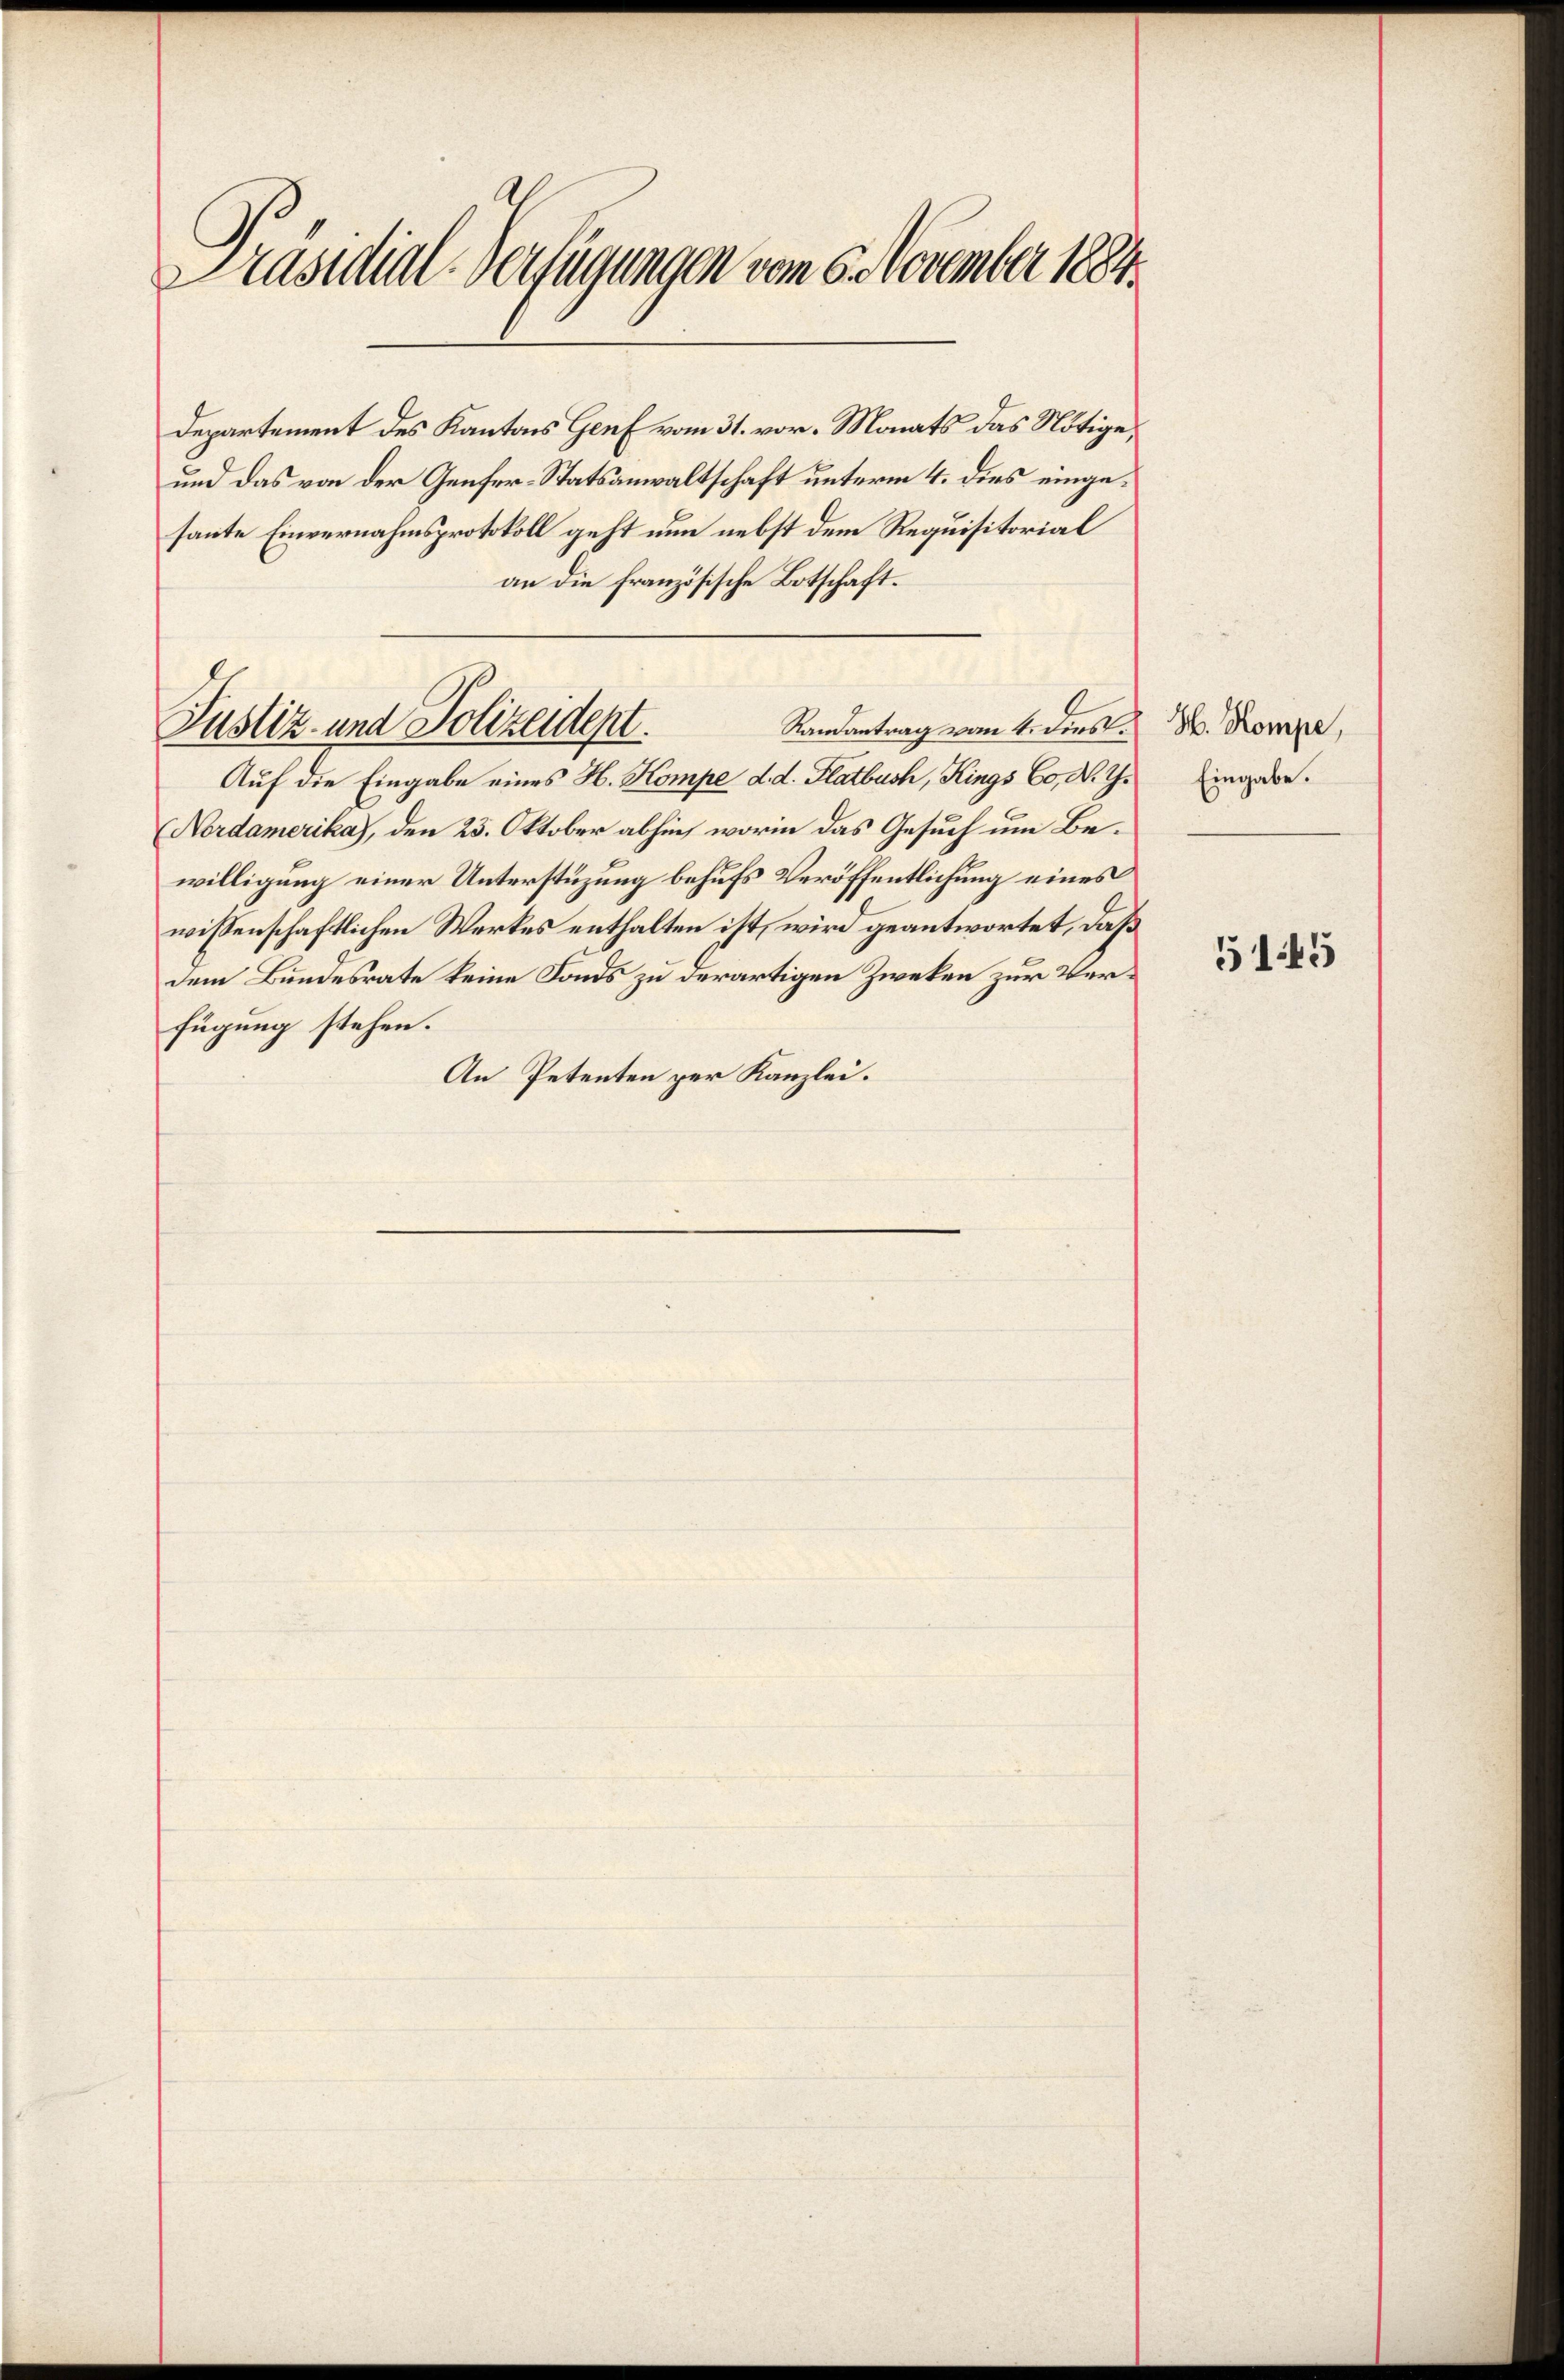
Präsidial-Verfügungen vom 5. November 1884.

Justiz- und Polizeident.
Ramantrag vom 4. dies 3. Kompe,
Auf die Eingabe eines H. Kompe d. d. Flatbuch, Kings Co. N. Th. Eingede¬

Departement des Kantons Genf vom 31. vor. Monats das Nötige,
und das von der Genfer-Statsanwaltschaft unterm 4. dies eingesaute Einvernahmsprotokoll geht nun nebst dem Requisitorial
an die französische Botschaft.
Nordamerika), den 23. Oktober abhin, worin das Gesuch um Bewilligung einer Unterstüzung behufs Veröffentlichung eines
wissenschaftlichen Werkes enthalten ist, wird geantwortet, daß
dem Bundesrate keine Fonds zu derartigen Zweken zur Verfügung stehen.
An Petenten per Kanzlei.

5145